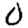
Digit: 0